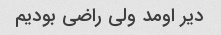
دیر اومد ولی راضی بودیم